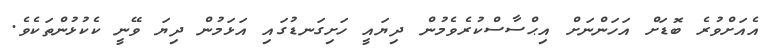
އެއަށްވުރެ ބޮޑަށް އަހަންނަށް އިޙްސާސްކުރެވެމުން ދިޔައީ ހަށިގަނޑުގައި އަޅަމުން ދިޔަ ވޭނީ ކެކުޅުންތަކެވެ.